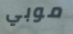
موبي